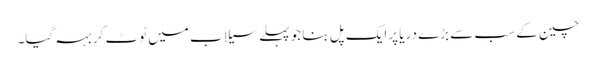
چین کے سب سے بڑے دریا پرایک پل بنا جو پہلےسیلاب میں ٹوٹ کر بہہ گیا۔